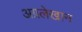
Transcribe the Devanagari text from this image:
अग्रलेखान